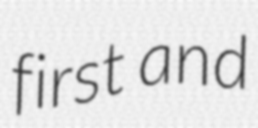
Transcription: first and